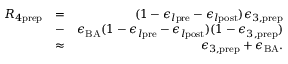
\begin{array} { r l r } { R _ { 4 \mathrm { p r e p } } } & { = } & { ( 1 - \epsilon _ { l \mathrm { p r e } } - \epsilon _ { l \mathrm { p o s t } } ) \epsilon _ { 3 , \mathrm { p r e p } } } \\ & { - } & { \epsilon _ { \mathrm { B A } } ( 1 - \epsilon _ { l \mathrm { p r e } } - \epsilon _ { l \mathrm { p o s t } } ) ( 1 - \epsilon _ { 3 , \mathrm { p r e p } } ) } \\ & { \approx } & { \epsilon _ { 3 , \mathrm { p r e p } } + \epsilon _ { \mathrm { B A } } . } \end{array}